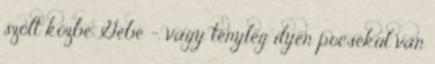
szólt közbe Gebe -, vagy tényleg ilyen pocsékul van